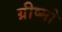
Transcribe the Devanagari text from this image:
ग्रीष्मो